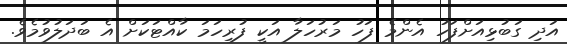
އަދި ގަބުޅިއަށްފަހު އެންމެ ފަހު މަރުހަލާ އަކީ ފުރިހަމަ ކާއްޓަކަށް އެ ބަދަލުވުމެވެ.